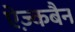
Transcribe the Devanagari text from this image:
ऐज़्कबैन